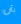
بأن